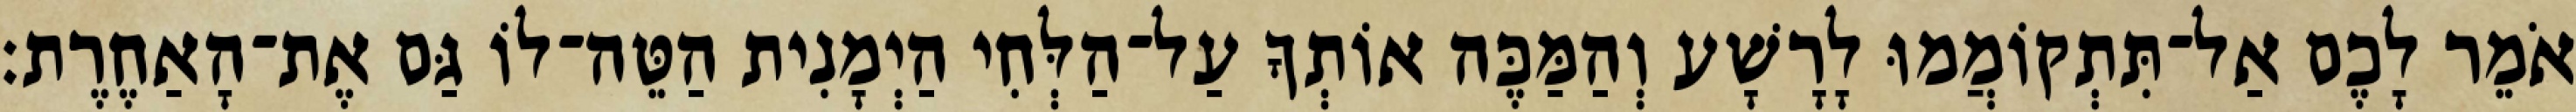
אֹמֵר לָכֶם אַל־תִּתְקוֹמֲמוּ לָרָשָׁע וְהַמַּכֶּה אוֹתְךָ עַל־הַלְּחִי הַיְמָנִית הַטֵּה־לוֹ גַּם אֶת־הָאַחֶרֶת׃